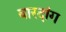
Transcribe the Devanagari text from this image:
बारदांग